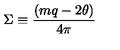
\Sigma \equiv { \frac { ( m q - 2 \theta ) } { 4 \pi } }